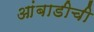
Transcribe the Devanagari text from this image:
आंबाडीची